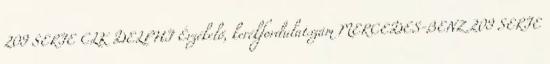
209 SERIE CLK DELPHI Érzékelő, kerékfordulatszám MERCEDES-BENZ 209 SERIE